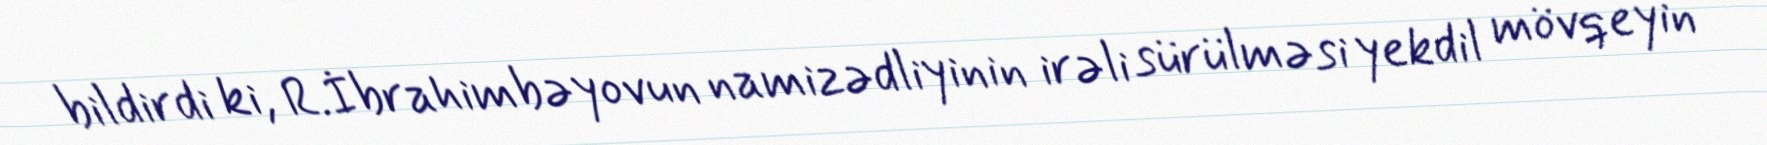
bildirdi ki, R.İbrahimbəyovun namizədliyinin irəli sürülməsi yekdil mövqeyin